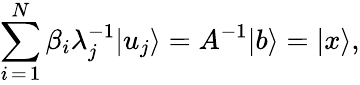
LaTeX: \sum_{i\mathop{=}1}^{N}\beta_{i}\lambda_{j}^{-1}|u_{j}\rangle=A^{-1}|b\rangle=|x\rangle,